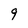
Character: 9